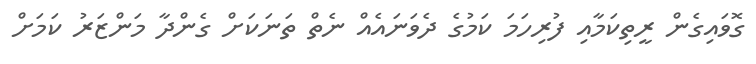
ގޮވައިގެން ރީތިކަމާއި ފުރިހަމަ ކަމުގެ ދެވަނައެއް ނެތް ތަނަކަށް ގެންދާ މަންޒަރު ކަމަށް